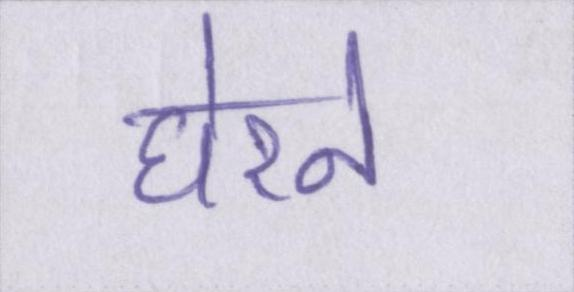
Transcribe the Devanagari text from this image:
घेरने